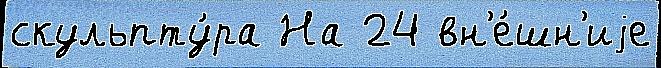
скульпту́ра На 24 вн'е́шн'иjе